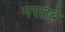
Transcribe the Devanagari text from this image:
मरतबे